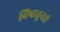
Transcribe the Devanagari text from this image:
विषातूनही